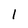
Character: 1